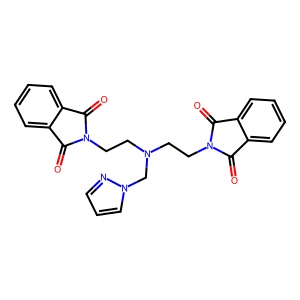
SMILES: O=C1c2ccccc2C(=O)N1CCN(CCN1C(=O)c2ccccc2C1=O)Cn1cccn1
Inhibits HIV replication: No